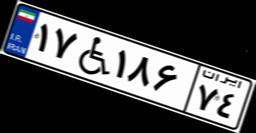
۱۷W۱۸۶۷۴